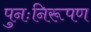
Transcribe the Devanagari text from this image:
पुनःनिरूपण